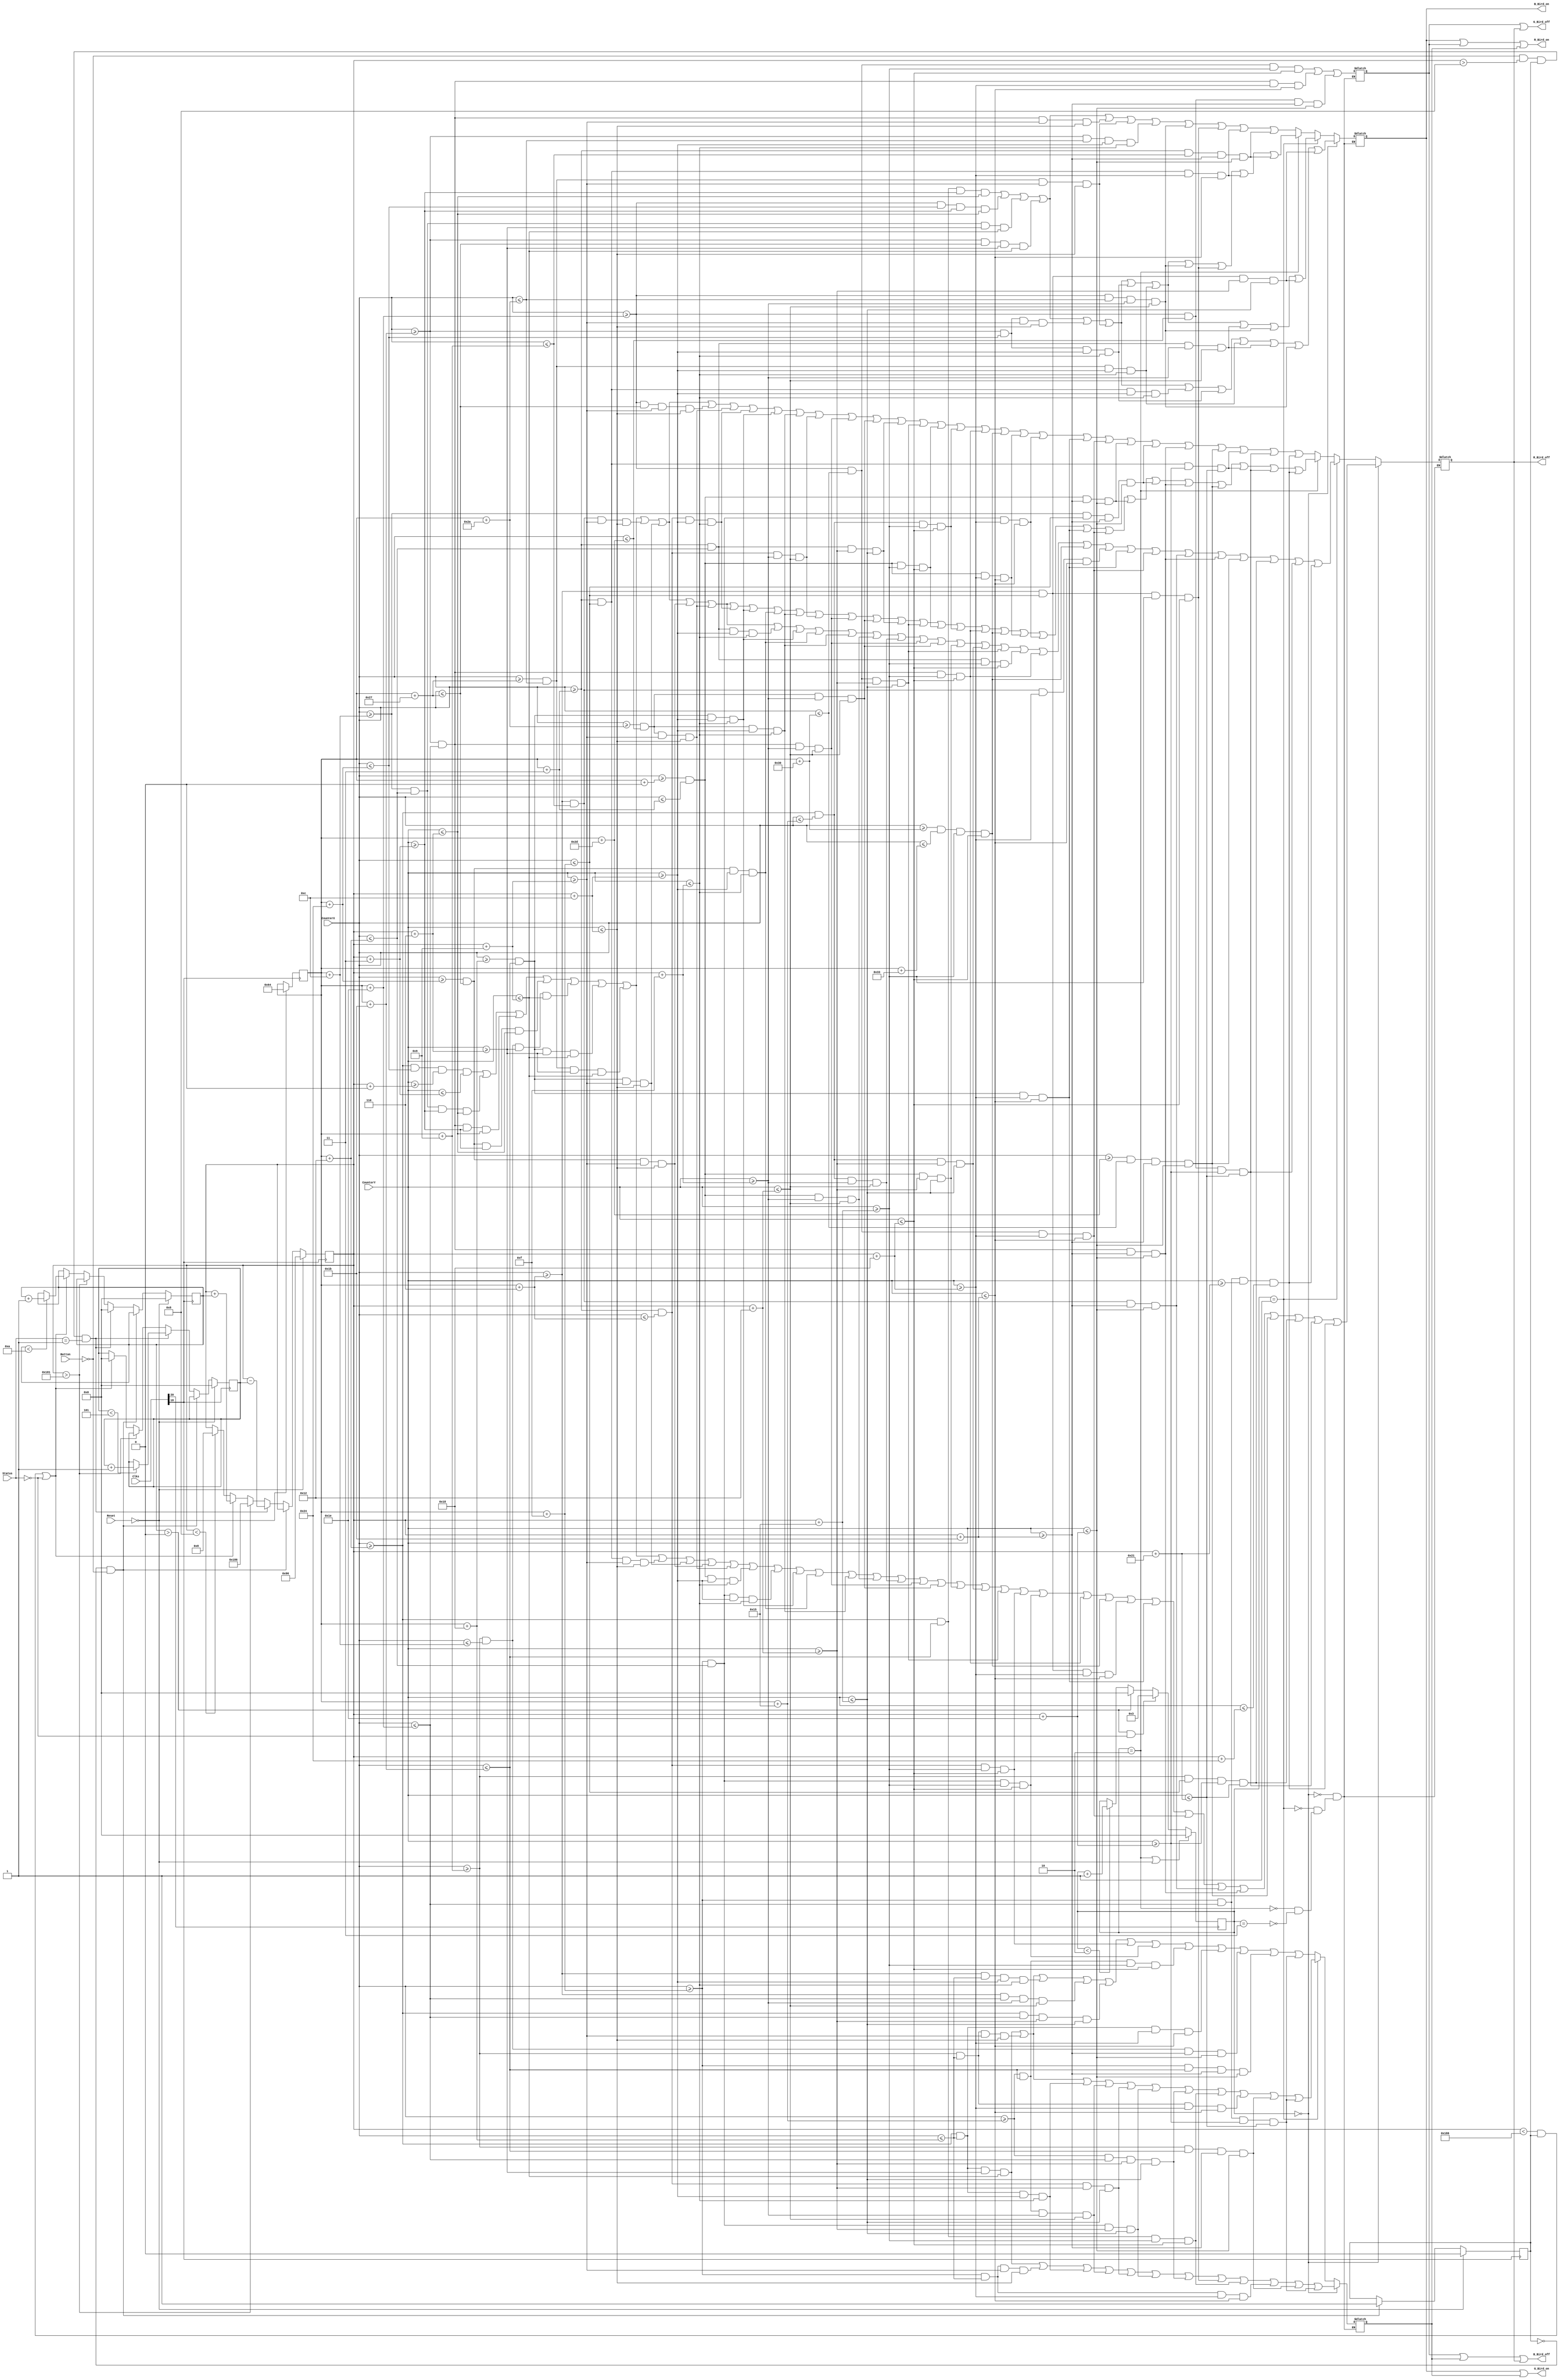
`timescale 1ns / 1ps
//////////////////////////////////////////////////////////////////////////////////
// Company: 
// Engineer: 
// 
// Design Name: 
// Module Name:    DrawBird 
// Project Name: 
// Target Devices: 
// Tool versions: 
// Description: 
//
// Dependencies: 
//
// Revision: 
// Revision 0.01 - File Created
// Additional Comments: 
//
//////////////////////////////////////////////////////////////////////////////////
module DrawBird(input [24:0] Clks,Reset,CounterX,CounterY,Button,Status,output reg R_Bird_on,G_Bird_on,B_Bird_on,R_Bird_off,G_Bird_off,B_Bird_off);
//////////////////////////////////////////////////////////////////////////////////
reg [15:0] BirdPositionX = 100;
reg [15:0] BirdPositionY = 150;
reg [15:0] Gravity = 0;
reg [15:0] ForceUp = 0;
reg [15:0] BirdAnimation = 0;
reg Start = 0;

always @ (posedge Clks[18])
begin
		if (!Reset)
		begin
		BirdPositionX <= 100;
		BirdPositionY <= 150;
		Gravity <= 0;
		ForceUp <= 0;
		Start <= 0;
		end
		else if (Start == 0 && !Button) Start <= 1;
		else if (!Button && BirdPositionY > 8 && Start == 1 && Status == 1) 
			begin
			Gravity <= 0;
			BirdPositionY <= BirdPositionY - ForceUp;
			if (ForceUp<5) ForceUp <= ForceUp + 1;
		end
		else if (BirdPositionY > 385) BirdPositionY <= 390;
		else if ((BirdPositionY < 390 && Start == 1) || Status == 0)
			begin
			ForceUp <= 0;
			BirdPositionY <= BirdPositionY + Gravity;
			if (Gravity<10) Gravity <= Gravity + 1;
			end
		else if(BirdPositionY < 8) BirdPositionY <= 8;
end
//////////////////////////////////////////////////////////////////////////////////
always @ (posedge Clks[20])
begin
		if (BirdAnimation == 2 || !Reset) BirdAnimation <= 0;
		else if (Gravity > 0 && Status == 0) BirdAnimation <= 3;
		else if (Gravity > 0) BirdAnimation <= 0;
		else if (BirdAnimation < 2) BirdAnimation <= BirdAnimation + 1;
end
//////////////////////////////////////////////////////////////////////////////////
reg BirdBlack,BirdWhite,BirdYellow,BirdRed;
always @ (CounterX or CounterY)
begin
if (BirdAnimation == 0)
begin
BirdBlack <= (CounterX>=BirdPositionX+18) && (CounterX<=BirdPositionX+36) && (CounterY>=BirdPositionY+0) && (CounterY<=BirdPositionY+3)

||          (CounterX>=BirdPositionX+12) && (CounterX<=BirdPositionX+18) && (CounterY>=BirdPositionY+3) && (CounterY<=BirdPositionY+6)
||          (CounterX>=BirdPositionX+27) && (CounterX<=BirdPositionX+30) && (CounterY>=BirdPositionY+3) && (CounterY<=BirdPositionY+6)
||          (CounterX>=BirdPositionX+36) && (CounterX<=BirdPositionX+39) && (CounterY>=BirdPositionY+3) && (CounterY<=BirdPositionY+6)

||	(CounterX>=BirdPositionX+9) && (CounterX<=BirdPositionX+12) && (CounterY>=BirdPositionY+6) && (CounterY<=BirdPositionY+9)
||	(CounterX>=BirdPositionX+24) && (CounterX<=BirdPositionX+27) && (CounterY>=BirdPositionY+6) && (CounterY<=BirdPositionY+9)
||	(CounterX>=BirdPositionX+39) && (CounterX<=BirdPositionX+42) && (CounterY>=BirdPositionY+6) && (CounterY<=BirdPositionY+9)

||	(CounterX>=BirdPositionX+3) && (CounterX<=BirdPositionX+15) && (CounterY>=BirdPositionY+9) && (CounterY<=BirdPositionY+12)
||	(CounterX>=BirdPositionX+24) && (CounterX<=BirdPositionX+27) && (CounterY>=BirdPositionY+9) && (CounterY<=BirdPositionY+12)
||	(CounterX>=BirdPositionX+36) && (CounterX<=BirdPositionX+39) && (CounterY>=BirdPositionY+9) && (CounterY<=BirdPositionY+12)
||	(CounterX>=BirdPositionX+42) && (CounterX<=BirdPositionX+45) && (CounterY>=BirdPositionY+9) && (CounterY<=BirdPositionY+12)

||	(CounterX>=BirdPositionX+0) && (CounterX<=BirdPositionX+3) && (CounterY>=BirdPositionY+12) && (CounterY<=BirdPositionY+15)
||	(CounterX>=BirdPositionX+15) && (CounterX<=BirdPositionX+18) && (CounterY>=BirdPositionY+12) && (CounterY<=BirdPositionY+15)
||	(CounterX>=BirdPositionX+24) && (CounterX<=BirdPositionX+27) && (CounterY>=BirdPositionY+12) && (CounterY<=BirdPositionY+15)
||	(CounterX>=BirdPositionX+36) && (CounterX<=BirdPositionX+39) && (CounterY>=BirdPositionY+12) && (CounterY<=BirdPositionY+15)
||	(CounterX>=BirdPositionX+42) && (CounterX<=BirdPositionX+45) && (CounterY>=BirdPositionY+12) && (CounterY<=BirdPositionY+15)

||	(CounterX>=BirdPositionX+0) && (CounterX<=BirdPositionX+3) && (CounterY>=BirdPositionY+15) && (CounterY<=BirdPositionY+18)
||	(CounterX>=BirdPositionX+18) && (CounterX<=BirdPositionX+21) && (CounterY>=BirdPositionY+15) && (CounterY<=BirdPositionY+18)
||	(CounterX>=BirdPositionX+27) && (CounterX<=BirdPositionX+30) && (CounterY>=BirdPositionY+15) && (CounterY<=BirdPositionY+18)
||	(CounterX>=BirdPositionX+42) && (CounterX<=BirdPositionX+45) && (CounterY>=BirdPositionY+15) && (CounterY<=BirdPositionY+18)

||	(CounterX>=BirdPositionX+0) && (CounterX<=BirdPositionX+3) && (CounterY>=BirdPositionY+18) && (CounterY<=BirdPositionY+21)
||	(CounterX>=BirdPositionX+18) && (CounterX<=BirdPositionX+21) && (CounterY>=BirdPositionY+18) && (CounterY<=BirdPositionY+21)
||	(CounterX>=BirdPositionX+30) && (CounterX<=BirdPositionX+48) && (CounterY>=BirdPositionY+18) && (CounterY<=BirdPositionY+21)

||	(CounterX>=BirdPositionX+3) && (CounterX<=BirdPositionX+6) && (CounterY>=BirdPositionY+21) && (CounterY<=BirdPositionY+24)
||	(CounterX>=BirdPositionX+15) && (CounterX<=BirdPositionX+18) && (CounterY>=BirdPositionY+21) && (CounterY<=BirdPositionY+24)
||	(CounterX>=BirdPositionX+27) && (CounterX<=BirdPositionX+30) && (CounterY>=BirdPositionY+21) && (CounterY<=BirdPositionY+24)
||	(CounterX>=BirdPositionX+48) && (CounterX<=BirdPositionX+51) && (CounterY>=BirdPositionY+21) && (CounterY<=BirdPositionY+24)

||	(CounterX>=BirdPositionX+6) && (CounterX<=BirdPositionX+15) && (CounterY>=BirdPositionY+24) && (CounterY<=BirdPositionY+27)
||	(CounterX>=BirdPositionX+24) && (CounterX<=BirdPositionX+27) && (CounterY>=BirdPositionY+24) && (CounterY<=BirdPositionY+27)
||	(CounterX>=BirdPositionX+30) && (CounterX<=BirdPositionX+48) && (CounterY>=BirdPositionY+24) && (CounterY<=BirdPositionY+27)

||	(CounterX>=BirdPositionX+6) && (CounterX<=BirdPositionX+9) && (CounterY>=BirdPositionY+27) && (CounterY<=BirdPositionY+30)
||	(CounterX>=BirdPositionX+27) && (CounterX<=BirdPositionX+30) && (CounterY>=BirdPositionY+27) && (CounterY<=BirdPositionY+30)
||	(CounterX>=BirdPositionX+45) && (CounterX<=BirdPositionX+48) && (CounterY>=BirdPositionY+27) && (CounterY<=BirdPositionY+30)

||	(CounterX>=BirdPositionX+9) && (CounterX<=BirdPositionX+15) && (CounterY>=BirdPositionY+30) && (CounterY<=BirdPositionY+33)
||	(CounterX>=BirdPositionX+30) && (CounterX<=BirdPositionX+45) && (CounterY>=BirdPositionY+30) && (CounterY<=BirdPositionY+33)

||	(CounterX>=BirdPositionX+15) && (CounterX<=BirdPositionX+30) && (CounterY>=BirdPositionY+33) && (CounterY<=BirdPositionY+36); 

BirdWhite <= (CounterX>=BirdPositionX+18) && (CounterX<=BirdPositionX+27) && (CounterY>=BirdPositionY+3) && (CounterY<=BirdPositionY+6)
||          (CounterX>=BirdPositionX+30) && (CounterX<=BirdPositionX+36) && (CounterY>=BirdPositionY+3) && (CounterY<=BirdPositionY+6)

||          (CounterX>=BirdPositionX+12) && (CounterX<=BirdPositionX+18) && (CounterY>=BirdPositionY+6) && (CounterY<=BirdPositionY+9)
||          (CounterX>=BirdPositionX+27) && (CounterX<=BirdPositionX+39) && (CounterY>=BirdPositionY+6) && (CounterY<=BirdPositionY+9)

||          (CounterX>=BirdPositionX+27) && (CounterX<=BirdPositionX+36) && (CounterY>=BirdPositionY+9) && (CounterY<=BirdPositionY+12)
||          (CounterX>=BirdPositionX+39) && (CounterX<=BirdPositionX+42) && (CounterY>=BirdPositionY+9) && (CounterY<=BirdPositionY+12)

||          (CounterX>=BirdPositionX+3) && (CounterX<=BirdPositionX+15) && (CounterY>=BirdPositionY+12) && (CounterY<=BirdPositionY+15)
||          (CounterX>=BirdPositionX+27) && (CounterX<=BirdPositionX+36) && (CounterY>=BirdPositionY+12) && (CounterY<=BirdPositionY+15)
||          (CounterX>=BirdPositionX+39) && (CounterX<=BirdPositionX+42) && (CounterY>=BirdPositionY+12) && (CounterY<=BirdPositionY+15)

||          (CounterX>=BirdPositionX+3) && (CounterX<=BirdPositionX+18) && (CounterY>=BirdPositionY+15) && (CounterY<=BirdPositionY+18)
||          (CounterX>=BirdPositionX+30) && (CounterX<=BirdPositionX+42) && (CounterY>=BirdPositionY+15) && (CounterY<=BirdPositionY+18)

||          (CounterX>=BirdPositionX+6) && (CounterX<=BirdPositionX+15) && (CounterY>=BirdPositionY+18) && (CounterY<=BirdPositionY+21);

BirdYellow <= (CounterX>=BirdPositionX+18) && (CounterX<=BirdPositionX+24) && (CounterY>=BirdPositionY+6) && (CounterY<=BirdPositionY+9)

||          (CounterX>=BirdPositionX+15) && (CounterX<=BirdPositionX+24) && (CounterY>=BirdPositionY+9) && (CounterY<=BirdPositionY+12)

||          (CounterX>=BirdPositionX+18) && (CounterX<=BirdPositionX+24) && (CounterY>=BirdPositionY+12) && (CounterY<=BirdPositionY+15)

||          (CounterX>=BirdPositionX+21) && (CounterX<=BirdPositionX+27) && (CounterY>=BirdPositionY+15) && (CounterY<=BirdPositionY+18)

||          (CounterX>=BirdPositionX+3) && (CounterX<=BirdPositionX+6) && (CounterY>=BirdPositionY+18) && (CounterY<=BirdPositionY+21)
||          (CounterX>=BirdPositionX+15) && (CounterX<=BirdPositionX+18) && (CounterY>=BirdPositionY+18) && (CounterY<=BirdPositionY+21)
||          (CounterX>=BirdPositionX+21) && (CounterX<=BirdPositionX+30) && (CounterY>=BirdPositionY+18) && (CounterY<=BirdPositionY+21)

||          (CounterX>=BirdPositionX+6) && (CounterX<=BirdPositionX+15) && (CounterY>=BirdPositionY+21) && (CounterY<=BirdPositionY+24)
||          (CounterX>=BirdPositionX+18) && (CounterX<=BirdPositionX+27) && (CounterY>=BirdPositionY+21) && (CounterY<=BirdPositionY+24)

||          (CounterX>=BirdPositionX+15) && (CounterX<=BirdPositionX+24) && (CounterY>=BirdPositionY+24) && (CounterY<=BirdPositionY+27)

||          (CounterX>=BirdPositionX+9) && (CounterX<=BirdPositionX+27) && (CounterY>=BirdPositionY+27) && (CounterY<=BirdPositionY+30)

||          (CounterX>=BirdPositionX+15) && (CounterX<=BirdPositionX+30) && (CounterY>=BirdPositionY+30) && (CounterY<=BirdPositionY+33);

BirdRed <= (CounterX>=BirdPositionX+30) && (CounterX<=BirdPositionX+48) && (CounterY>=BirdPositionY+21) && (CounterY<=BirdPositionY+24)

||          (CounterX>=BirdPositionX+27) && (CounterX<=BirdPositionX+30) && (CounterY>=BirdPositionY+24) && (CounterY<=BirdPositionY+27)

||          (CounterX>=BirdPositionX+30) && (CounterX<=BirdPositionX+45) && (CounterY>=BirdPositionY+27) && (CounterY<=BirdPositionY+30);
end

///////////////////////////////////////////////////////////////////////////////////////////////////////////////////////////////////////////

else if (BirdAnimation == 1)
begin
BirdBlack <= (CounterX>=BirdPositionX+18) && (CounterX<=BirdPositionX+36) && (CounterY>=BirdPositionY+0) && (CounterY<=BirdPositionY+3)

||          (CounterX>=BirdPositionX+12) && (CounterX<=BirdPositionX+18) && (CounterY>=BirdPositionY+3) && (CounterY<=BirdPositionY+6)
||          (CounterX>=BirdPositionX+27) && (CounterX<=BirdPositionX+30) && (CounterY>=BirdPositionY+3) && (CounterY<=BirdPositionY+6)
||          (CounterX>=BirdPositionX+36) && (CounterX<=BirdPositionX+39) && (CounterY>=BirdPositionY+3) && (CounterY<=BirdPositionY+6)

||	(CounterX>=BirdPositionX+9) && (CounterX<=BirdPositionX+12) && (CounterY>=BirdPositionY+6) && (CounterY<=BirdPositionY+9)
||	(CounterX>=BirdPositionX+24) && (CounterX<=BirdPositionX+27) && (CounterY>=BirdPositionY+6) && (CounterY<=BirdPositionY+9)
||	(CounterX>=BirdPositionX+39) && (CounterX<=BirdPositionX+42) && (CounterY>=BirdPositionY+6) && (CounterY<=BirdPositionY+9)

||	(CounterX>=BirdPositionX+6) && (CounterX<=BirdPositionX+9) && (CounterY>=BirdPositionY+9) && (CounterY<=BirdPositionY+12)
||	(CounterX>=BirdPositionX+24) && (CounterX<=BirdPositionX+27) && (CounterY>=BirdPositionY+9) && (CounterY<=BirdPositionY+12)
||	(CounterX>=BirdPositionX+36) && (CounterX<=BirdPositionX+39) && (CounterY>=BirdPositionY+9) && (CounterY<=BirdPositionY+12)
||	(CounterX>=BirdPositionX+42) && (CounterX<=BirdPositionX+45) && (CounterY>=BirdPositionY+9) && (CounterY<=BirdPositionY+12)

||	(CounterX>=BirdPositionX+3) && (CounterX<=BirdPositionX+18) && (CounterY>=BirdPositionY+12) && (CounterY<=BirdPositionY+15)
||	(CounterX>=BirdPositionX+24) && (CounterX<=BirdPositionX+27) && (CounterY>=BirdPositionY+12) && (CounterY<=BirdPositionY+15)
||	(CounterX>=BirdPositionX+36) && (CounterX<=BirdPositionX+39) && (CounterY>=BirdPositionY+12) && (CounterY<=BirdPositionY+15)
||	(CounterX>=BirdPositionX+42) && (CounterX<=BirdPositionX+45) && (CounterY>=BirdPositionY+12) && (CounterY<=BirdPositionY+15)

||	(CounterX>=BirdPositionX+0) && (CounterX<=BirdPositionX+3) && (CounterY>=BirdPositionY+15) && (CounterY<=BirdPositionY+18)
||	(CounterX>=BirdPositionX+18) && (CounterX<=BirdPositionX+21) && (CounterY>=BirdPositionY+15) && (CounterY<=BirdPositionY+18)
||	(CounterX>=BirdPositionX+27) && (CounterX<=BirdPositionX+30) && (CounterY>=BirdPositionY+15) && (CounterY<=BirdPositionY+18)
||	(CounterX>=BirdPositionX+42) && (CounterX<=BirdPositionX+45) && (CounterY>=BirdPositionY+15) && (CounterY<=BirdPositionY+18)

||	(CounterX>=BirdPositionX+0) && (CounterX<=BirdPositionX+3) && (CounterY>=BirdPositionY+18) && (CounterY<=BirdPositionY+21)
||	(CounterX>=BirdPositionX+18) && (CounterX<=BirdPositionX+21) && (CounterY>=BirdPositionY+18) && (CounterY<=BirdPositionY+21)
||	(CounterX>=BirdPositionX+30) && (CounterX<=BirdPositionX+48) && (CounterY>=BirdPositionY+18) && (CounterY<=BirdPositionY+21)

||	(CounterX>=BirdPositionX+3) && (CounterX<=BirdPositionX+18) && (CounterY>=BirdPositionY+21) && (CounterY<=BirdPositionY+24)
||	(CounterX>=BirdPositionX+27) && (CounterX<=BirdPositionX+30) && (CounterY>=BirdPositionY+21) && (CounterY<=BirdPositionY+24)
||	(CounterX>=BirdPositionX+48) && (CounterX<=BirdPositionX+51) && (CounterY>=BirdPositionY+21) && (CounterY<=BirdPositionY+24)

||	(CounterX>=BirdPositionX+6) && (CounterX<=BirdPositionX+9) && (CounterY>=BirdPositionY+24) && (CounterY<=BirdPositionY+27)
||	(CounterX>=BirdPositionX+24) && (CounterX<=BirdPositionX+27) && (CounterY>=BirdPositionY+24) && (CounterY<=BirdPositionY+27)
||	(CounterX>=BirdPositionX+30) && (CounterX<=BirdPositionX+48) && (CounterY>=BirdPositionY+24) && (CounterY<=BirdPositionY+27)

||	(CounterX>=BirdPositionX+6) && (CounterX<=BirdPositionX+9) && (CounterY>=BirdPositionY+27) && (CounterY<=BirdPositionY+30)
||	(CounterX>=BirdPositionX+27) && (CounterX<=BirdPositionX+30) && (CounterY>=BirdPositionY+27) && (CounterY<=BirdPositionY+30)
||	(CounterX>=BirdPositionX+45) && (CounterX<=BirdPositionX+48) && (CounterY>=BirdPositionY+27) && (CounterY<=BirdPositionY+30)

||	(CounterX>=BirdPositionX+9) && (CounterX<=BirdPositionX+15) && (CounterY>=BirdPositionY+30) && (CounterY<=BirdPositionY+33)
||	(CounterX>=BirdPositionX+30) && (CounterX<=BirdPositionX+45) && (CounterY>=BirdPositionY+30) && (CounterY<=BirdPositionY+33)

||	(CounterX>=BirdPositionX+15) && (CounterX<=BirdPositionX+30) && (CounterY>=BirdPositionY+33) && (CounterY<=BirdPositionY+36);

BirdWhite <= (CounterX>=BirdPositionX+18) && (CounterX<=BirdPositionX+27) && (CounterY>=BirdPositionY+3) && (CounterY<=BirdPositionY+6)
||          (CounterX>=BirdPositionX+30) && (CounterX<=BirdPositionX+36) && (CounterY>=BirdPositionY+3) && (CounterY<=BirdPositionY+6)

||          (CounterX>=BirdPositionX+12) && (CounterX<=BirdPositionX+18) && (CounterY>=BirdPositionY+6) && (CounterY<=BirdPositionY+9)
||          (CounterX>=BirdPositionX+27) && (CounterX<=BirdPositionX+39) && (CounterY>=BirdPositionY+6) && (CounterY<=BirdPositionY+9)

||          (CounterX>=BirdPositionX+27) && (CounterX<=BirdPositionX+36) && (CounterY>=BirdPositionY+9) && (CounterY<=BirdPositionY+12)
||          (CounterX>=BirdPositionX+39) && (CounterX<=BirdPositionX+42) && (CounterY>=BirdPositionY+9) && (CounterY<=BirdPositionY+12)

||          (CounterX>=BirdPositionX+27) && (CounterX<=BirdPositionX+36) && (CounterY>=BirdPositionY+12) && (CounterY<=BirdPositionY+15)
||          (CounterX>=BirdPositionX+39) && (CounterX<=BirdPositionX+42) && (CounterY>=BirdPositionY+12) && (CounterY<=BirdPositionY+15)

||          (CounterX>=BirdPositionX+3) && (CounterX<=BirdPositionX+18) && (CounterY>=BirdPositionY+15) && (CounterY<=BirdPositionY+18)
||          (CounterX>=BirdPositionX+30) && (CounterX<=BirdPositionX+42) && (CounterY>=BirdPositionY+15) && (CounterY<=BirdPositionY+18)

||          (CounterX>=BirdPositionX+6) && (CounterX<=BirdPositionX+15) && (CounterY>=BirdPositionY+18) && (CounterY<=BirdPositionY+21);

BirdYellow <= (CounterX>=BirdPositionX+18) && (CounterX<=BirdPositionX+24) && (CounterY>=BirdPositionY+6) && (CounterY<=BirdPositionY+9)

||          (CounterX>=BirdPositionX+9) && (CounterX<=BirdPositionX+24) && (CounterY>=BirdPositionY+9) && (CounterY<=BirdPositionY+12)

||          (CounterX>=BirdPositionX+18) && (CounterX<=BirdPositionX+24) && (CounterY>=BirdPositionY+12) && (CounterY<=BirdPositionY+15)

||          (CounterX>=BirdPositionX+21) && (CounterX<=BirdPositionX+27) && (CounterY>=BirdPositionY+15) && (CounterY<=BirdPositionY+18)

||          (CounterX>=BirdPositionX+3) && (CounterX<=BirdPositionX+6) && (CounterY>=BirdPositionY+18) && (CounterY<=BirdPositionY+21)
||          (CounterX>=BirdPositionX+15) && (CounterX<=BirdPositionX+18) && (CounterY>=BirdPositionY+18) && (CounterY<=BirdPositionY+21)
||          (CounterX>=BirdPositionX+21) && (CounterX<=BirdPositionX+30) && (CounterY>=BirdPositionY+18) && (CounterY<=BirdPositionY+21)

||          (CounterX>=BirdPositionX+18) && (CounterX<=BirdPositionX+27) && (CounterY>=BirdPositionY+21) && (CounterY<=BirdPositionY+24)

||          (CounterX>=BirdPositionX+9) && (CounterX<=BirdPositionX+24) && (CounterY>=BirdPositionY+24) && (CounterY<=BirdPositionY+27)

||          (CounterX>=BirdPositionX+9) && (CounterX<=BirdPositionX+27) && (CounterY>=BirdPositionY+27) && (CounterY<=BirdPositionY+30)

||          (CounterX>=BirdPositionX+15) && (CounterX<=BirdPositionX+30) && (CounterY>=BirdPositionY+30) && (CounterY<=BirdPositionY+33);

BirdRed <= (CounterX>=BirdPositionX+30) && (CounterX<=BirdPositionX+48) && (CounterY>=BirdPositionY+21) && (CounterY<=BirdPositionY+24)

||          (CounterX>=BirdPositionX+27) && (CounterX<=BirdPositionX+30) && (CounterY>=BirdPositionY+24) && (CounterY<=BirdPositionY+27)

||          (CounterX>=BirdPositionX+30) && (CounterX<=BirdPositionX+45) && (CounterY>=BirdPositionY+27) && (CounterY<=BirdPositionY+30);
end

////////////////////////////////////////////////////////////////////////////////////////////////////////////////////////////////////////////
else if (BirdAnimation==2)begin
BirdBlack <= (CounterX>=BirdPositionX+18) && (CounterX<=BirdPositionX+36) && (CounterY>=BirdPositionY+0) && (CounterY<=BirdPositionY+3)

||          (CounterX>=BirdPositionX+12) && (CounterX<=BirdPositionX+18) && (CounterY>=BirdPositionY+3) && (CounterY<=BirdPositionY+6)
||          (CounterX>=BirdPositionX+27) && (CounterX<=BirdPositionX+30) && (CounterY>=BirdPositionY+3) && (CounterY<=BirdPositionY+6)
||          (CounterX>=BirdPositionX+36) && (CounterX<=BirdPositionX+39) && (CounterY>=BirdPositionY+3) && (CounterY<=BirdPositionY+6)

||	(CounterX>=BirdPositionX+9) && (CounterX<=BirdPositionX+12) && (CounterY>=BirdPositionY+6) && (CounterY<=BirdPositionY+9)
||	(CounterX>=BirdPositionX+24) && (CounterX<=BirdPositionX+27) && (CounterY>=BirdPositionY+6) && (CounterY<=BirdPositionY+9)
||	(CounterX>=BirdPositionX+39) && (CounterX<=BirdPositionX+42) && (CounterY>=BirdPositionY+6) && (CounterY<=BirdPositionY+9)

||	(CounterX>=BirdPositionX+6) && (CounterX<=BirdPositionX+9) && (CounterY>=BirdPositionY+9) && (CounterY<=BirdPositionY+12)
||	(CounterX>=BirdPositionX+24) && (CounterX<=BirdPositionX+27) && (CounterY>=BirdPositionY+9) && (CounterY<=BirdPositionY+12)
||	(CounterX>=BirdPositionX+36) && (CounterX<=BirdPositionX+39) && (CounterY>=BirdPositionY+9) && (CounterY<=BirdPositionY+12)
||	(CounterX>=BirdPositionX+42) && (CounterX<=BirdPositionX+45) && (CounterY>=BirdPositionY+9) && (CounterY<=BirdPositionY+12)

||	(CounterX>=BirdPositionX+3) && (CounterX<=BirdPositionX+6) && (CounterY>=BirdPositionY+12) && (CounterY<=BirdPositionY+15)
||	(CounterX>=BirdPositionX+24) && (CounterX<=BirdPositionX+27) && (CounterY>=BirdPositionY+12) && (CounterY<=BirdPositionY+15)
||	(CounterX>=BirdPositionX+36) && (CounterX<=BirdPositionX+39) && (CounterY>=BirdPositionY+12) && (CounterY<=BirdPositionY+15)
||	(CounterX>=BirdPositionX+42) && (CounterX<=BirdPositionX+45) && (CounterY>=BirdPositionY+12) && (CounterY<=BirdPositionY+15)

||	(CounterX>=BirdPositionX+3) && (CounterX<=BirdPositionX+6) && (CounterY>=BirdPositionY+15) && (CounterY<=BirdPositionY+18)
||	(CounterX>=BirdPositionX+27) && (CounterX<=BirdPositionX+30) && (CounterY>=BirdPositionY+15) && (CounterY<=BirdPositionY+18)
||	(CounterX>=BirdPositionX+42) && (CounterX<=BirdPositionX+45) && (CounterY>=BirdPositionY+15) && (CounterY<=BirdPositionY+18)

||	(CounterX>=BirdPositionX+3) && (CounterX<=BirdPositionX+18) && (CounterY>=BirdPositionY+18) && (CounterY<=BirdPositionY+21)
||	(CounterX>=BirdPositionX+30) && (CounterX<=BirdPositionX+48) && (CounterY>=BirdPositionY+18) && (CounterY<=BirdPositionY+21)

||	(CounterX>=BirdPositionX+0) && (CounterX<=BirdPositionX+3) && (CounterY>=BirdPositionY+21) && (CounterY<=BirdPositionY+24)
||	(CounterX>=BirdPositionX+18) && (CounterX<=BirdPositionX+21) && (CounterY>=BirdPositionY+21) && (CounterY<=BirdPositionY+24)
||	(CounterX>=BirdPositionX+27) && (CounterX<=BirdPositionX+30) && (CounterY>=BirdPositionY+21) && (CounterY<=BirdPositionY+24)
||	(CounterX>=BirdPositionX+48) && (CounterX<=BirdPositionX+51) && (CounterY>=BirdPositionY+21) && (CounterY<=BirdPositionY+24)

||	(CounterX>=BirdPositionX+0) && (CounterX<=BirdPositionX+3) && (CounterY>=BirdPositionY+24) && (CounterY<=BirdPositionY+27)
||	(CounterX>=BirdPositionX+15) && (CounterX<=BirdPositionX+18) && (CounterY>=BirdPositionY+24) && (CounterY<=BirdPositionY+27)
||	(CounterX>=BirdPositionX+24) && (CounterX<=BirdPositionX+27) && (CounterY>=BirdPositionY+24) && (CounterY<=BirdPositionY+27)
||	(CounterX>=BirdPositionX+30) && (CounterX<=BirdPositionX+48) && (CounterY>=BirdPositionY+24) && (CounterY<=BirdPositionY+27)

||	(CounterX>=BirdPositionX+0) && (CounterX<=BirdPositionX+3) && (CounterY>=BirdPositionY+27) && (CounterY<=BirdPositionY+30)
||	(CounterX>=BirdPositionX+12) && (CounterX<=BirdPositionX+15) && (CounterY>=BirdPositionY+27) && (CounterY<=BirdPositionY+30)
||	(CounterX>=BirdPositionX+27) && (CounterX<=BirdPositionX+30) && (CounterY>=BirdPositionY+27) && (CounterY<=BirdPositionY+30)
||	(CounterX>=BirdPositionX+45) && (CounterX<=BirdPositionX+48) && (CounterY>=BirdPositionY+27) && (CounterY<=BirdPositionY+30)

||	(CounterX>=BirdPositionX+3) && (CounterX<=BirdPositionX+15) && (CounterY>=BirdPositionY+30) && (CounterY<=BirdPositionY+33)
||	(CounterX>=BirdPositionX+30) && (CounterX<=BirdPositionX+45) && (CounterY>=BirdPositionY+30) && (CounterY<=BirdPositionY+33)

||	(CounterX>=BirdPositionX+15) && (CounterX<=BirdPositionX+30) && (CounterY>=BirdPositionY+33) && (CounterY<=BirdPositionY+36);

BirdWhite <= (CounterX>=BirdPositionX+18) && (CounterX<=BirdPositionX+27) && (CounterY>=BirdPositionY+3) && (CounterY<=BirdPositionY+6)
||          (CounterX>=BirdPositionX+30) && (CounterX<=BirdPositionX+36) && (CounterY>=BirdPositionY+3) && (CounterY<=BirdPositionY+6)

||          (CounterX>=BirdPositionX+12) && (CounterX<=BirdPositionX+18) && (CounterY>=BirdPositionY+6) && (CounterY<=BirdPositionY+9)
||          (CounterX>=BirdPositionX+27) && (CounterX<=BirdPositionX+39) && (CounterY>=BirdPositionY+6) && (CounterY<=BirdPositionY+9)

||          (CounterX>=BirdPositionX+27) && (CounterX<=BirdPositionX+36) && (CounterY>=BirdPositionY+9) && (CounterY<=BirdPositionY+12)
||          (CounterX>=BirdPositionX+39) && (CounterX<=BirdPositionX+42) && (CounterY>=BirdPositionY+9) && (CounterY<=BirdPositionY+12)

||          (CounterX>=BirdPositionX+27) && (CounterX<=BirdPositionX+36) && (CounterY>=BirdPositionY+12) && (CounterY<=BirdPositionY+15)
||          (CounterX>=BirdPositionX+39) && (CounterX<=BirdPositionX+42) && (CounterY>=BirdPositionY+12) && (CounterY<=BirdPositionY+15)

||          (CounterX>=BirdPositionX+30) && (CounterX<=BirdPositionX+42) && (CounterY>=BirdPositionY+15) && (CounterY<=BirdPositionY+18)

||          (CounterX>=BirdPositionX+6) && (CounterX<=BirdPositionX+15) && (CounterY>=BirdPositionY+21) && (CounterY<=BirdPositionY+24)

||          (CounterX>=BirdPositionX+3) && (CounterX<=BirdPositionX+15) && (CounterY>=BirdPositionY+24) && (CounterY<=BirdPositionY+27)

||          (CounterX>=BirdPositionX+3) && (CounterX<=BirdPositionX+9) && (CounterY>=BirdPositionY+27) && (CounterY<=BirdPositionY+30);

BirdYellow <= (CounterX>=BirdPositionX+18) && (CounterX<=BirdPositionX+24) && (CounterY>=BirdPositionY+6) && (CounterY<=BirdPositionY+9)

||          (CounterX>=BirdPositionX+9) && (CounterX<=BirdPositionX+24) && (CounterY>=BirdPositionY+9) && (CounterY<=BirdPositionY+12)

||          (CounterX>=BirdPositionX+6) && (CounterX<=BirdPositionX+24) && (CounterY>=BirdPositionY+12) && (CounterY<=BirdPositionY+15)

||          (CounterX>=BirdPositionX+6) && (CounterX<=BirdPositionX+30) && (CounterY>=BirdPositionY+15) && (CounterY<=BirdPositionY+18)

||          (CounterX>=BirdPositionX+18) && (CounterX<=BirdPositionX+30) && (CounterY>=BirdPositionY+18) && (CounterY<=BirdPositionY+21)

||          (CounterX>=BirdPositionX+3) && (CounterX<=BirdPositionX+6) && (CounterY>=BirdPositionY+21) && (CounterY<=BirdPositionY+24)
||          (CounterX>=BirdPositionX+15) && (CounterX<=BirdPositionX+18) && (CounterY>=BirdPositionY+21) && (CounterY<=BirdPositionY+24)
||          (CounterX>=BirdPositionX+21) && (CounterX<=BirdPositionX+27) && (CounterY>=BirdPositionY+21) && (CounterY<=BirdPositionY+24)

||          (CounterX>=BirdPositionX+18) && (CounterX<=BirdPositionX+24) && (CounterY>=BirdPositionY+24) && (CounterY<=BirdPositionY+27)

||          (CounterX>=BirdPositionX+9) && (CounterX<=BirdPositionX+12) && (CounterY>=BirdPositionY+27) && (CounterY<=BirdPositionY+30)
||          (CounterX>=BirdPositionX+15) && (CounterX<=BirdPositionX+27) && (CounterY>=BirdPositionY+27) && (CounterY<=BirdPositionY+30)

||          (CounterX>=BirdPositionX+15) && (CounterX<=BirdPositionX+30) && (CounterY>=BirdPositionY+30) && (CounterY<=BirdPositionY+33);

BirdRed <= (CounterX>=BirdPositionX+30) && (CounterX<=BirdPositionX+48) && (CounterY>=BirdPositionY+21) && (CounterY<=BirdPositionY+24)

||          (CounterX>=BirdPositionX+27) && (CounterX<=BirdPositionX+30) && (CounterY>=BirdPositionY+24) && (CounterY<=BirdPositionY+27)

||          (CounterX>=BirdPositionX+30) && (CounterX<=BirdPositionX+45) && (CounterY>=BirdPositionY+27) && (CounterY<=BirdPositionY+30);
end

else if (BirdAnimation==3)begin
BirdBlack <= (CounterX>=BirdPositionX+18) && (CounterX<=BirdPositionX+36) && (CounterY>=BirdPositionY+0) && (CounterY<=BirdPositionY+3)

||          (CounterX>=BirdPositionX+12) && (CounterX<=BirdPositionX+18) && (CounterY>=BirdPositionY+3) && (CounterY<=BirdPositionY+6)
||          (CounterX>=BirdPositionX+27) && (CounterX<=BirdPositionX+30) && (CounterY>=BirdPositionY+3) && (CounterY<=BirdPositionY+6)
||          (CounterX>=BirdPositionX+36) && (CounterX<=BirdPositionX+39) && (CounterY>=BirdPositionY+3) && (CounterY<=BirdPositionY+6)

||	(CounterX>=BirdPositionX+9) && (CounterX<=BirdPositionX+12) && (CounterY>=BirdPositionY+6) && (CounterY<=BirdPositionY+9)
||	(CounterX>=BirdPositionX+24) && (CounterX<=BirdPositionX+27) && (CounterY>=BirdPositionY+6) && (CounterY<=BirdPositionY+9)
||	(CounterX>=BirdPositionX+39) && (CounterX<=BirdPositionX+42) && (CounterY>=BirdPositionY+6) && (CounterY<=BirdPositionY+9)

||	(CounterX>=BirdPositionX+6) && (CounterX<=BirdPositionX+9) && (CounterY>=BirdPositionY+9) && (CounterY<=BirdPositionY+12)
||	(CounterX>=BirdPositionX+24) && (CounterX<=BirdPositionX+27) && (CounterY>=BirdPositionY+9) && (CounterY<=BirdPositionY+12)
||	(CounterX>=BirdPositionX+30) && (CounterX<=BirdPositionX+39) && (CounterY>=BirdPositionY+9) && (CounterY<=BirdPositionY+12)
||	(CounterX>=BirdPositionX+42) && (CounterX<=BirdPositionX+45) && (CounterY>=BirdPositionY+9) && (CounterY<=BirdPositionY+12)

||	(CounterX>=BirdPositionX+3) && (CounterX<=BirdPositionX+6) && (CounterY>=BirdPositionY+12) && (CounterY<=BirdPositionY+15)
||	(CounterX>=BirdPositionX+24) && (CounterX<=BirdPositionX+27) && (CounterY>=BirdPositionY+12) && (CounterY<=BirdPositionY+15)
||	(CounterX>=BirdPositionX+42) && (CounterX<=BirdPositionX+45) && (CounterY>=BirdPositionY+12) && (CounterY<=BirdPositionY+15)

||	(CounterX>=BirdPositionX+3) && (CounterX<=BirdPositionX+6) && (CounterY>=BirdPositionY+15) && (CounterY<=BirdPositionY+18)
||	(CounterX>=BirdPositionX+27) && (CounterX<=BirdPositionX+30) && (CounterY>=BirdPositionY+15) && (CounterY<=BirdPositionY+18)
||	(CounterX>=BirdPositionX+42) && (CounterX<=BirdPositionX+45) && (CounterY>=BirdPositionY+15) && (CounterY<=BirdPositionY+18)

||	(CounterX>=BirdPositionX+3) && (CounterX<=BirdPositionX+18) && (CounterY>=BirdPositionY+18) && (CounterY<=BirdPositionY+21)
||	(CounterX>=BirdPositionX+30) && (CounterX<=BirdPositionX+48) && (CounterY>=BirdPositionY+18) && (CounterY<=BirdPositionY+21)

||	(CounterX>=BirdPositionX+0) && (CounterX<=BirdPositionX+3) && (CounterY>=BirdPositionY+21) && (CounterY<=BirdPositionY+24)
||	(CounterX>=BirdPositionX+18) && (CounterX<=BirdPositionX+21) && (CounterY>=BirdPositionY+21) && (CounterY<=BirdPositionY+24)
||	(CounterX>=BirdPositionX+27) && (CounterX<=BirdPositionX+30) && (CounterY>=BirdPositionY+21) && (CounterY<=BirdPositionY+24)
||	(CounterX>=BirdPositionX+48) && (CounterX<=BirdPositionX+51) && (CounterY>=BirdPositionY+21) && (CounterY<=BirdPositionY+24)

||	(CounterX>=BirdPositionX+0) && (CounterX<=BirdPositionX+3) && (CounterY>=BirdPositionY+24) && (CounterY<=BirdPositionY+27)
||	(CounterX>=BirdPositionX+15) && (CounterX<=BirdPositionX+18) && (CounterY>=BirdPositionY+24) && (CounterY<=BirdPositionY+27)
||	(CounterX>=BirdPositionX+24) && (CounterX<=BirdPositionX+27) && (CounterY>=BirdPositionY+24) && (CounterY<=BirdPositionY+27)
||	(CounterX>=BirdPositionX+30) && (CounterX<=BirdPositionX+48) && (CounterY>=BirdPositionY+24) && (CounterY<=BirdPositionY+27)

||	(CounterX>=BirdPositionX+0) && (CounterX<=BirdPositionX+3) && (CounterY>=BirdPositionY+27) && (CounterY<=BirdPositionY+30)
||	(CounterX>=BirdPositionX+12) && (CounterX<=BirdPositionX+15) && (CounterY>=BirdPositionY+27) && (CounterY<=BirdPositionY+30)
||	(CounterX>=BirdPositionX+27) && (CounterX<=BirdPositionX+30) && (CounterY>=BirdPositionY+27) && (CounterY<=BirdPositionY+30)
||	(CounterX>=BirdPositionX+45) && (CounterX<=BirdPositionX+48) && (CounterY>=BirdPositionY+27) && (CounterY<=BirdPositionY+30)

||	(CounterX>=BirdPositionX+3) && (CounterX<=BirdPositionX+15) && (CounterY>=BirdPositionY+30) && (CounterY<=BirdPositionY+33)
||	(CounterX>=BirdPositionX+30) && (CounterX<=BirdPositionX+45) && (CounterY>=BirdPositionY+30) && (CounterY<=BirdPositionY+33)

||	(CounterX>=BirdPositionX+15) && (CounterX<=BirdPositionX+30) && (CounterY>=BirdPositionY+33) && (CounterY<=BirdPositionY+36);

BirdWhite <= (CounterX>=BirdPositionX+18) && (CounterX<=BirdPositionX+27) && (CounterY>=BirdPositionY+3) && (CounterY<=BirdPositionY+6)
||          (CounterX>=BirdPositionX+30) && (CounterX<=BirdPositionX+36) && (CounterY>=BirdPositionY+3) && (CounterY<=BirdPositionY+6)

||          (CounterX>=BirdPositionX+12) && (CounterX<=BirdPositionX+18) && (CounterY>=BirdPositionY+6) && (CounterY<=BirdPositionY+9)
||          (CounterX>=BirdPositionX+27) && (CounterX<=BirdPositionX+39) && (CounterY>=BirdPositionY+6) && (CounterY<=BirdPositionY+9)

||          (CounterX>=BirdPositionX+27) && (CounterX<=BirdPositionX+30) && (CounterY>=BirdPositionY+9) && (CounterY<=BirdPositionY+12)
||          (CounterX>=BirdPositionX+39) && (CounterX<=BirdPositionX+42) && (CounterY>=BirdPositionY+9) && (CounterY<=BirdPositionY+12)

||          (CounterX>=BirdPositionX+27) && (CounterX<=BirdPositionX+42) && (CounterY>=BirdPositionY+12) && (CounterY<=BirdPositionY+15)

||          (CounterX>=BirdPositionX+30) && (CounterX<=BirdPositionX+42) && (CounterY>=BirdPositionY+15) && (CounterY<=BirdPositionY+18)

||          (CounterX>=BirdPositionX+6) && (CounterX<=BirdPositionX+15) && (CounterY>=BirdPositionY+21) && (CounterY<=BirdPositionY+24)

||          (CounterX>=BirdPositionX+3) && (CounterX<=BirdPositionX+15) && (CounterY>=BirdPositionY+24) && (CounterY<=BirdPositionY+27)

||          (CounterX>=BirdPositionX+3) && (CounterX<=BirdPositionX+9) && (CounterY>=BirdPositionY+27) && (CounterY<=BirdPositionY+30);

BirdYellow <= (CounterX>=BirdPositionX+18) && (CounterX<=BirdPositionX+24) && (CounterY>=BirdPositionY+6) && (CounterY<=BirdPositionY+9)

||          (CounterX>=BirdPositionX+9) && (CounterX<=BirdPositionX+24) && (CounterY>=BirdPositionY+9) && (CounterY<=BirdPositionY+12)

||          (CounterX>=BirdPositionX+6) && (CounterX<=BirdPositionX+24) && (CounterY>=BirdPositionY+12) && (CounterY<=BirdPositionY+15)

||          (CounterX>=BirdPositionX+6) && (CounterX<=BirdPositionX+30) && (CounterY>=BirdPositionY+15) && (CounterY<=BirdPositionY+18)

||          (CounterX>=BirdPositionX+18) && (CounterX<=BirdPositionX+30) && (CounterY>=BirdPositionY+18) && (CounterY<=BirdPositionY+21)

||          (CounterX>=BirdPositionX+3) && (CounterX<=BirdPositionX+6) && (CounterY>=BirdPositionY+21) && (CounterY<=BirdPositionY+24)
||          (CounterX>=BirdPositionX+15) && (CounterX<=BirdPositionX+18) && (CounterY>=BirdPositionY+21) && (CounterY<=BirdPositionY+24)
||          (CounterX>=BirdPositionX+21) && (CounterX<=BirdPositionX+27) && (CounterY>=BirdPositionY+21) && (CounterY<=BirdPositionY+24)

||          (CounterX>=BirdPositionX+18) && (CounterX<=BirdPositionX+24) && (CounterY>=BirdPositionY+24) && (CounterY<=BirdPositionY+27)

||          (CounterX>=BirdPositionX+9) && (CounterX<=BirdPositionX+12) && (CounterY>=BirdPositionY+27) && (CounterY<=BirdPositionY+30)
||          (CounterX>=BirdPositionX+15) && (CounterX<=BirdPositionX+27) && (CounterY>=BirdPositionY+27) && (CounterY<=BirdPositionY+30)

||          (CounterX>=BirdPositionX+15) && (CounterX<=BirdPositionX+30) && (CounterY>=BirdPositionY+30) && (CounterY<=BirdPositionY+33);

BirdRed <= (CounterX>=BirdPositionX+30) && (CounterX<=BirdPositionX+48) && (CounterY>=BirdPositionY+21) && (CounterY<=BirdPositionY+24)

||          (CounterX>=BirdPositionX+27) && (CounterX<=BirdPositionX+30) && (CounterY>=BirdPositionY+24) && (CounterY<=BirdPositionY+27)

||          (CounterX>=BirdPositionX+30) && (CounterX<=BirdPositionX+45) && (CounterY>=BirdPositionY+27) && (CounterY<=BirdPositionY+30);
end
////////////////////////////////////////////////////////////////////////////////////////////////////////////////////////////////////////////
R_Bird_on = BirdWhite | BirdRed | BirdYellow;
G_Bird_on =	BirdWhite | BirdYellow;
B_Bird_on =	BirdWhite;

R_Bird_off = BirdBlack;
G_Bird_off = BirdRed | BirdBlack;
B_Bird_off = BirdRed | BirdYellow | BirdBlack;

end
endmodule